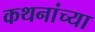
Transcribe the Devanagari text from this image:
कथनांच्या